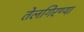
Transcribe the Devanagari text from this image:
तेलगिरण्या